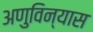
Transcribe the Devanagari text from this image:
अणुविन्यास